Civil Veterinary Department Bihar reports 1936-40 - 1936-1940
Year: 1936
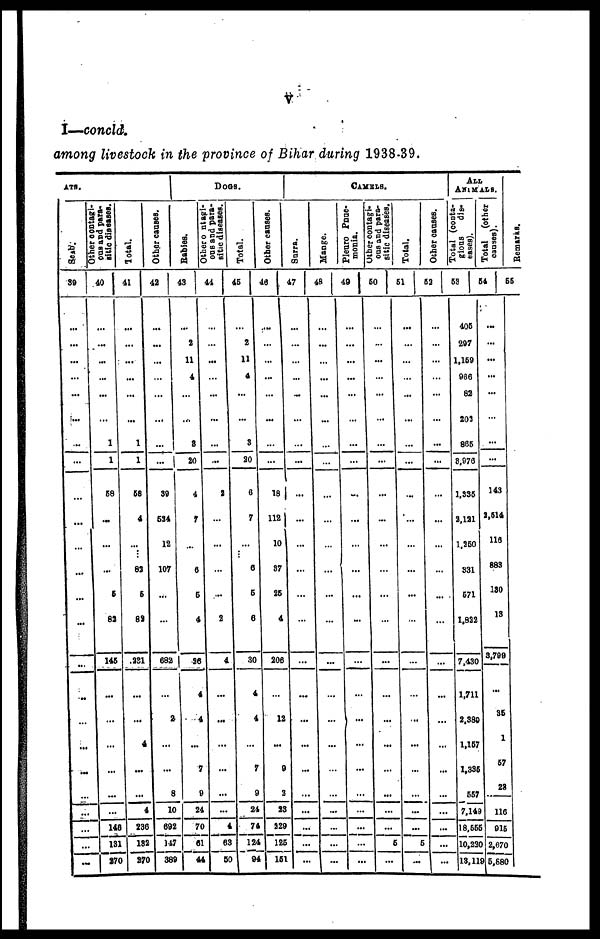
V
I—concld.
among livestock in the province of Bihar during 1938-39.
ATS.
Source.
39
...
...
...
...
...
...
...
...
...
...
...
...
...
...
...
...
...
...
...
...
...
...
...
...
Other contagi-
ous and para-
sitic diseases.
40
...
...
...
...
...
...
1
1
58
...
...
...
5
82
145
...
...
...
...
...
...
146
131
270
Total.
41
...
...
...
...
...
...
1
1
58
4
...
82
5
88
.231
...
...
4
...
...
4
236
132
370
Other causes.
42
...
...
...
...
...
...
...
...
39
634
12
107
...
...
682
...
2
...
...
8
10
692
147
389
DOGS.
Babies.
43
...
2
11
4
...
...
8
20
4
7
...
6
5
4
26
4
4
...
7
9
24
70
61
44
one and para-
sitic diseases.
44
...
...
...
...
...
...
...
...
2
...
...
...
...
2
4
...
...
...
...
...
...
4
63
50
Total.
45
...
2
11
4
...
...
3
20
6
7
...
6
5
6
30
4
4
...
7
9
24
74
124
94
Other causes.
46
...
...
...
...
...
...
...
...
18
112
10
37
25
4
206
...
12
...
9
2
23
229
126
151
CAMELS.
Surra.
47
...
...
...
...
...
...
...
...
...
...
...
...
...
...
...
...
...
...
...
...
...
...
...
...
Mange.
48
...
...
...
...
...
...
...
...
...
...
...
...
...
...
...
...
...
...
...
...
...
...
...
...
Pleuro Pnue-
monia.
49
...
...
...
...
...
...
...
...
...
...
...
...
...
...
...
...
...
...
...
...
...
...
...
...
ous
and para-
sitic diseases.
50
...
...
...
...
...
...
...
...
...
...
...
...
...
...
...
...
...
...
...
...
...
...
6
...
Total.
51
...
...
...
...
...
...
...
...
...
...
...
...
...
...
...
...
...
...
...
...
...
...
6
...
Other causes.
52
...
...
...
...
...
...
...
...
...
...
...
...
...
...
...
...
...
...
...
...
...
...
...
...
ALL
ANIMALS.
Total (conta-
gious
dis-
eases).
53
406
297
1,160
986
82
203
865
8,976
1,335
2,121
1,250
331
671
1,822
7,430
1,711
2,389
1,157
1,335
667
7,149
18,555
10,230
13,119
Total (other
causes).
54
...
...
...
...
...
...
...
...
Remarks.
55
143
2,514
116
883
130
13
3,799
...
35
1
57
28
116
915
2,670
5,880